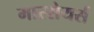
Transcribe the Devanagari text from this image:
मास्सेयर्स